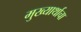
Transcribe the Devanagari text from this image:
मुख्यार्थाचा